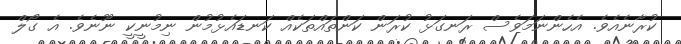
ކުރާނެއެވެ. އެހެންނަމަވެސް ރަނގަޅު ކުރަން ކަންތައްތަކެއް ކަނޑައެޅުމުން ނިމުނީކީ ނޫނެވެ. އެ ގޯލް